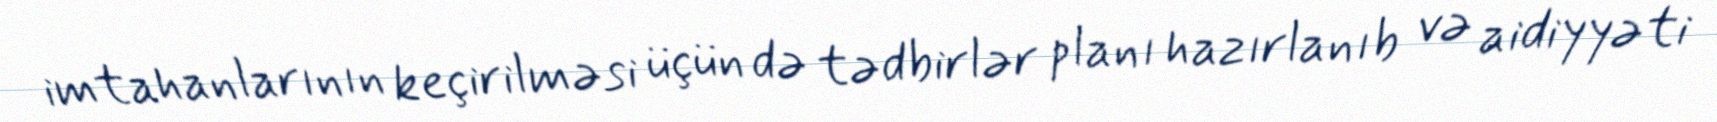
imtahanlarının keçirilməsi üçün də tədbirlər planı hazırlanıb və aidiyyəti